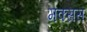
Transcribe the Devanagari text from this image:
मक्सस